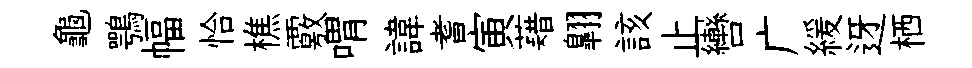
龜鶚幅恰樵覈喟諱耆寅藉翺該止轡广緩迓栖